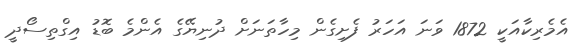
އެމެރިކާއަކީ 1872 ވަނަ އަހަރު ފެށިގެން މިހާތަނަށް ދުނިޔޭގެ އެންމެ ބޮޑު އިގްތިސޯދީ